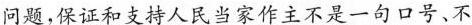
问题，保证和支持人民当家作主不